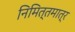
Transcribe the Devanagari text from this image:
निमित्‍तमात्र